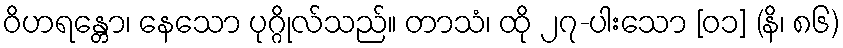
ဝိဟရန္တော၊ နေသော ပုဂ္ဂိုလ်သည်။ တာသံ၊ ထို ၂၇-ပါးသော [၀၁] (နိ၊ ၈၆)